Vaccination in Burma 1900-1911 - 1900-1911
Year: 1900
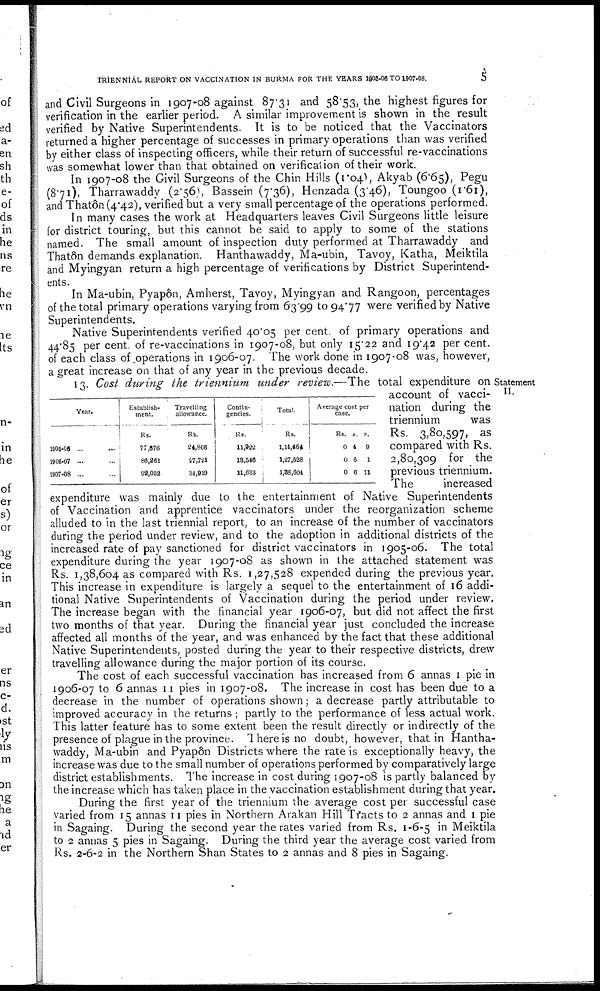
TRIENNIAL REPORT ON VACCINATION IN BURMA FOR THE YEARS 1905-06 TO 1907-08.
5
and Civil Surgeons in 1907-08 against 87.31 and 58.53, the highest figures for
verification in the earlier period. A similar improvement is shown in the result
verified by Native Superintendents. It is to be noticed that the Vaccinators
returned a higher percentage of successes in primary operations than was verified
by either class of inspecting officers, while their return of successful re-vaccinations
was somewhat lower than that obtained on verification of their work.
In 1907-08 the Civil Surgeons of the Chin Hills (1.04), Akyab (6.65), Pegu
(8.71), Tharrawaddy (2.56), Bassein (7.36), Henzada (3.46), Toungoo (1.61),
and Thatôn(4.42), verified but a very small percentage of the operations performed.
In many cases the work at Headquarters leaves Civil Surgeons little leisure
for district touring, but this cannot be said to apply to some of the stations
named. The small amount of inspection duty performed at Tharrawaddy and
Thatôn demands explanation. Hanthawaddy, Ma-ubin, Tavoy, Katha, Meiktila
and Myingyan return a high percentage of verifications by District Superintend-
ents.
In Ma-ubin, Pyapôn, Amherst, Tavoy, Myingyan and Rangoon, percentages
of the total primary operations varying from 63.99 to 94.77 were verified by Native
Superintendents.
Native Superintendents verified 40.05 per cent. of primary operations and
44.85 per cent. of re-vaccinations in 1907-08, but only 15.22 and 19.42 per cent.
of each class of operations in 1906-07. The work done in 1907-08 was, however,
a great increase on that of any year in the previous decade.
Statement
II.
Year.
1905-06 ... ...
1906-07 ... ...
1907-08 ... ...
Establish-
ment.
Rs. ... ...
77,676
86,261
92,052
Travelling
allowance.
Rs.
24,866
27,721
34,919
Contin-
gencies.
Rs.
11,922
18,546
11,633
Total.
Rs.
1,14,464
1,27,528
1,38,604
Average cost per
case.
Rs.
0
0
0
A.
4
6
6
P.
9
1
11
13. Cost during the triennium under review.— The total expenditure on
account of vacci-
nation during the
triennium
was
Rs. 3,80,597, as
compared with Rs.
2,80,309 for the
previous triennium.
The
increased
expenditure was mainly due to the entertainment of Native Superintendents
of Vaccination and apprentice vaccinators under the reorganization scheme
alluded to in the last triennial report, to an increase of the number of vaccinators
during the period under review, and to the adoption in additional districts of the
increased rate of pay sanctioned for district vaccinators in 1905-06. The total
expenditure during the year 1907-08 as shown in the attached statement was
Rs. 1,38,604 as compared with Rs. 1,27,528 expended during the previous year.
This increase in expenditure is largely a sequel to the entertainment of 16 addi-
tional Native Superintendents of Vaccination during the period under review.
The increase began with the financial year 1906-07, but did not affect the first
two months of that year. During the financial year just concluded the increase
affected all months of the year, and was enhanced by the fact that these additional
Native Superintendents, posted during the year to their respective districts, drew
travelling allowance during the major portion of its course.
The cost of each successful vaccination has increased from 6 annas 1 pie in
1906-07 to 6 annas 11 pies in 1907-08. The increase in cost has been due to a
decrease in the number of operations shown; a decrease partly attributable to
improved accuracy in the returns ; partly to the performance of less actual work.
This latter feature has to some extent been the result directly or indirectly of the
presence of plague in the province. There is no doubt, however, that in Hantha-
waddy, Ma-ubin and Pyapôn Districts where the rate is exceptionally heavy, the
increase was due to the small number of operations performed by comparatively large
district establishments. The increase in cost during 1907-08 is partly balanced by
the increase which has taken place in the vaccination establishment during that year.
During the first year of the triennium the average cost per successful case
varied from 15 annas 11 pies in Northern Arakan Hill Tracts to 2 annas and 1 pie
in Sagaing. During the second year the rates varied from Rs. 1-6-5 in Meiktila
to 2 annas 5 pies in Sagaing. During the third year the average cost varied from
Rs. 2-6-2 in the Northern Shan States to 2 annas and 8 pies in Sagaing.